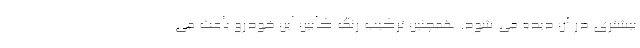
بیشتری در آن دیده می شود. همچنین ترکیب رنگ کابین این خودرو باعث می